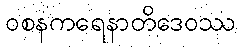
ဝစနကရေနာတိဒေဝဿ